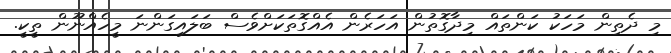
މި ދެތިން މަހަކު ކަންތައް މިދާގޮތުން އަހަރެން އެއްގޮތަކަށްވެސް ބަަލައިގަންނަ މީހެއްނޫން ތީކީ.